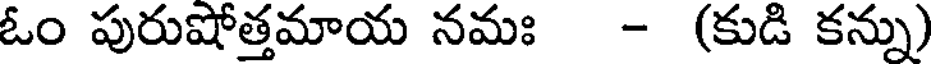
ఓం పురుషోత్తమాయ నమః - (కుడి కన్ను)